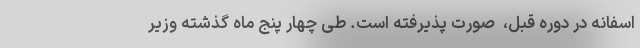
اسفانه در دوره قبل، ‌ صورت پذیرفته است. طی چهار پنج ماه گذشته وزیر